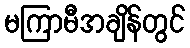
မကြာမီအချိန်တွင်